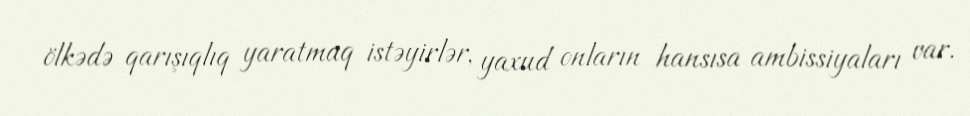
ölkədə qarışıqlıq yaratmaq istəyirlər, yaxud onların hansısa ambissiyaları var.